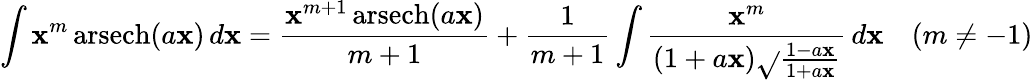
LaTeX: \int\mathbf{x}^{m}\operatorname{arsech}(a\mathbf{x})\, d\mathbf{x}={\frac{{\mathbf{x}^{m+1}\operatorname{arsech}(a\mathbf{x})}}{{m+1}}}+{\frac{{1}}{{m+1}}}\int{\frac{{\mathbf{x}^{m}}}{{(1+a\mathbf{x}){\sqrt{}{{\frac{{1-a\mathbf{x}}}{{1+a\mathbf{x}}}}}}}}}\, d\mathbf{x}\quad(m\neq-1)